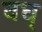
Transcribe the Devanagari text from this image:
वध्